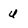
Character: u